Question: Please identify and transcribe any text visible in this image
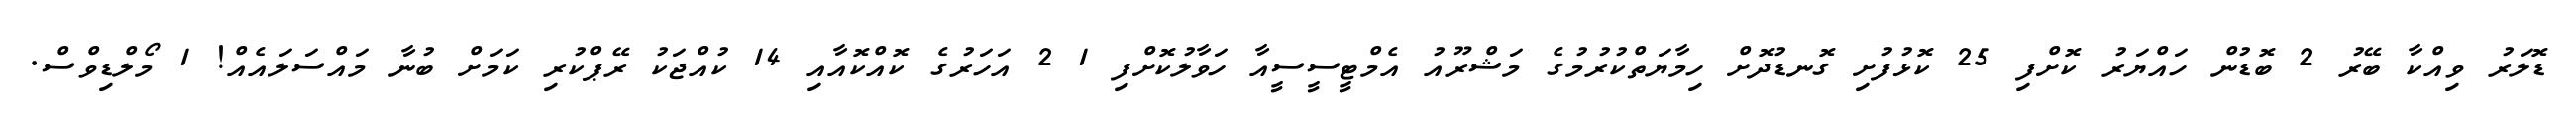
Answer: ޑޮލަރު ވިއްކާ ބޭރު 2 ބޮޑުން ހައްޔަރު ކޮށްފި 25 ކޮޅުފުށި ގޮނޑުދޮށް ހިމާޔަތްކުރުމުގެ މަޝްރޫއު އެމްޓީސީސީއާ ހަވާލުކޮށްފި 1 2 އަހަރުގެ ކޮއްކޮއާއި 14 ކުއްޖަކު ރޭޕްކުރި ކަމަށް ބުނާ މައްސަލައެއް! 1 މޯލްޑިވްސް.